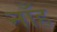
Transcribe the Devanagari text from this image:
नाँह